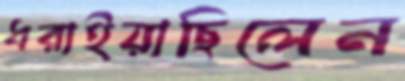
ধরাইয়াছিলেন